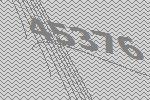
45376